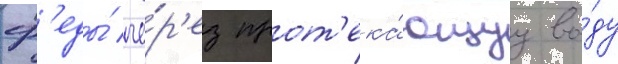
ср'еды́ че́р'ез прот'ека́ющуу во́ду